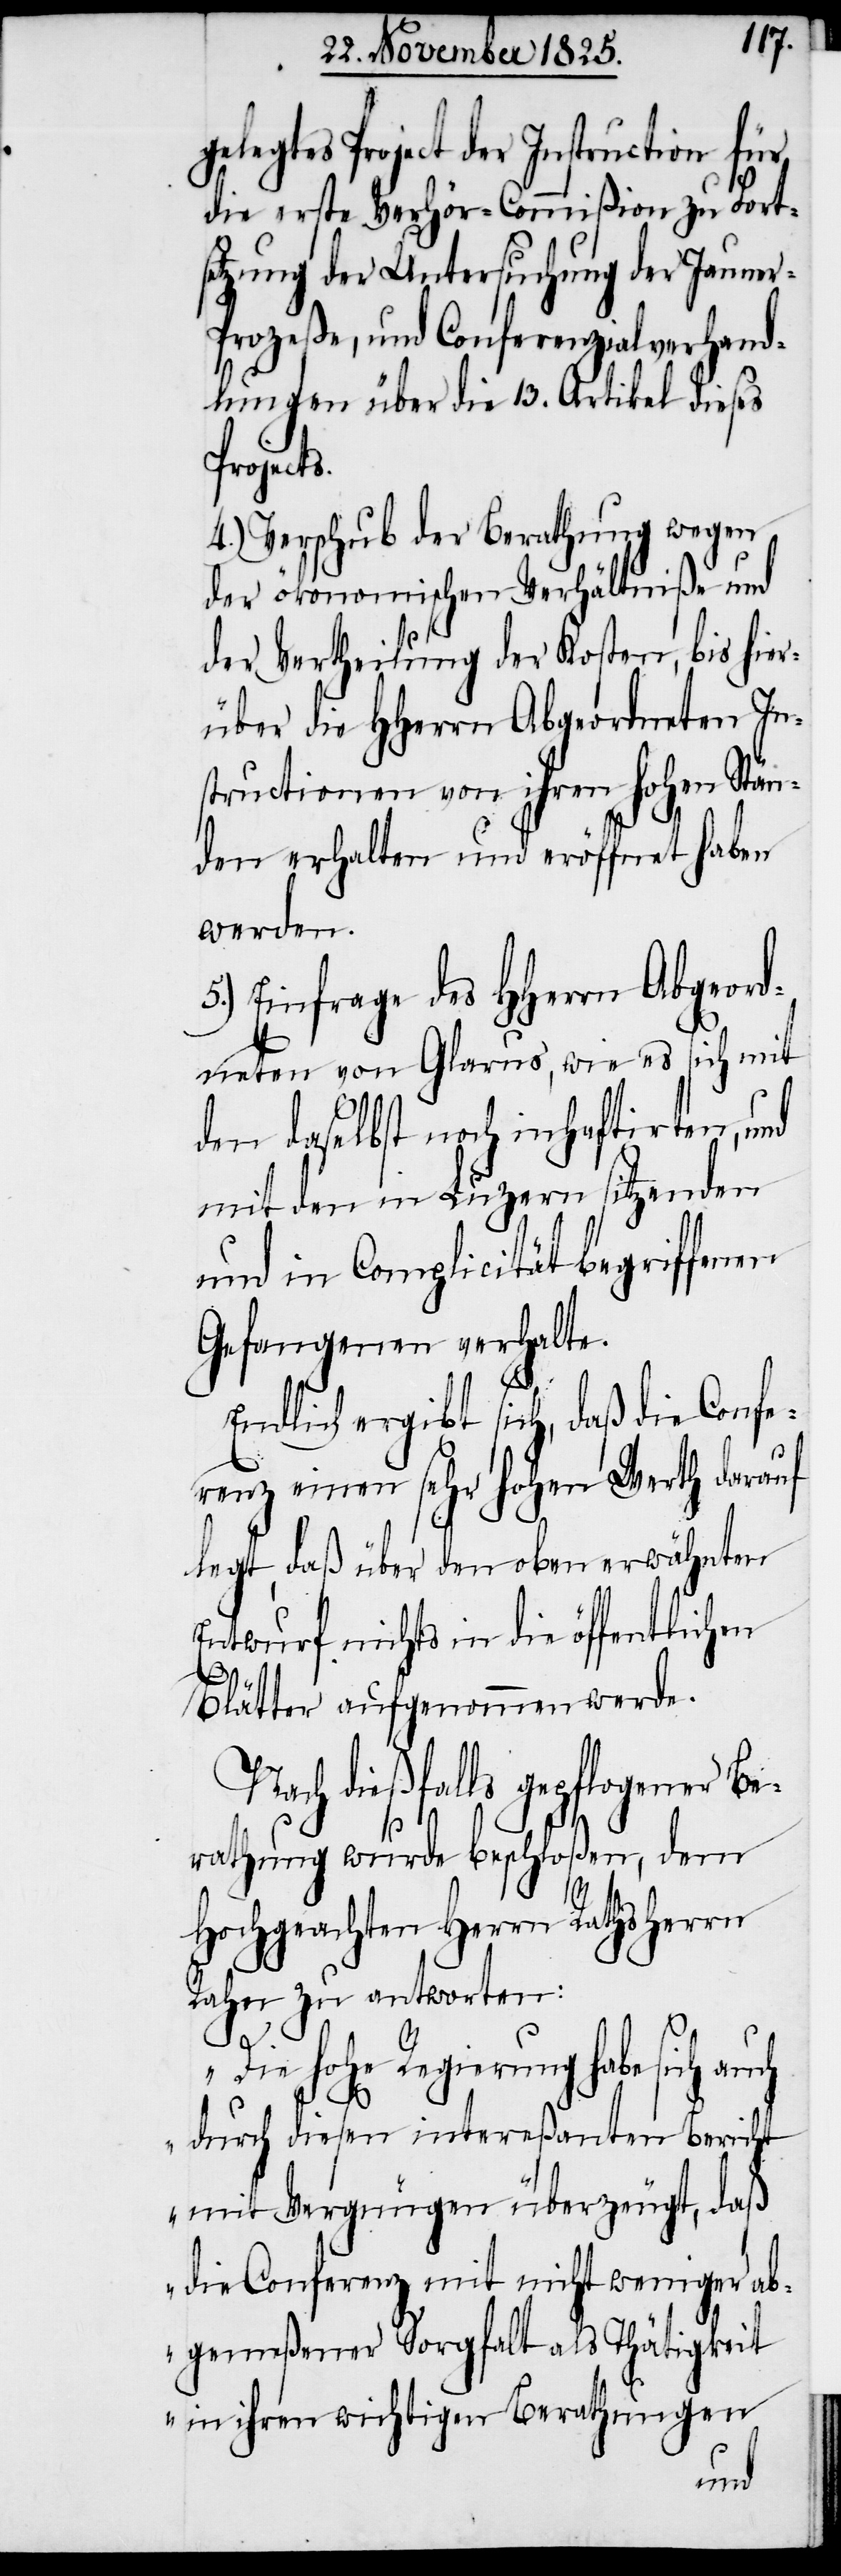
Project der Instruction für
die erste Verhör-Commißion zu Fort¬
setzung der Untersuchung der Jauner-P¬
rozeße, und Conferenzialverhand¬
lungen über die 13. Artikel dieses
Project¬
4.) Verschub der Berathung wegen
der ökonomischen Verhältniße und
der Vertheilung der Kosten, bis hier¬
über die HHerrn Abgeordneten In¬
structionen von ihren hohen Stän¬
den erhalten und eröffnet haben
werden.
5.) Einfrage des HHerrn Abgeord¬
neten von Glarus, wie es sich mit
den daselbst noch inhaftirten, und
mit den in Luzern sitzenden
und in Complicität begriffenen
Gefangenen verhalte.
Endlich ergibt sich, daß die Confe¬
renz einen sehr hohen Werth darauf
legt, daß über den oben erwähnten
Entwurf nichts in die öffentlichen
Blätter aufgenommen werde.
Nach dießfalls gepflogener Be¬
s.
rathung wurde beschloßen, dem
Hochgeachten Herrn Rathsherrn
Rahn zu antworten:
„Die hohe Regierung habe sich auch
durch diesen intereßanten Bericht
mit Vergnügen überzeugt, daß
die Conferenz mit nicht weniger an¬
gemeßener Sorgfalt als Thätigkeit
in ihren wichtigen Berathungen